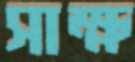
সাক্ষ